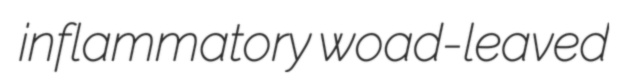
inflammatory woad-leaved